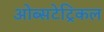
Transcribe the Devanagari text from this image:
ओब्सटेट्रिकल